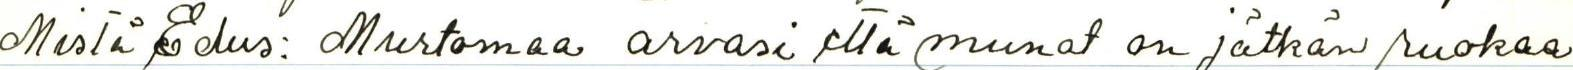
mistä Edus: Murtomaa arvasi että munat on jätkän ruokaa